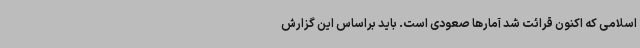
اسلامی که اکنون قرائت شد آمارها صعودی است. باید براساس این گزارش